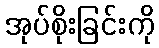
အုပ်စိုးခြင်းကို